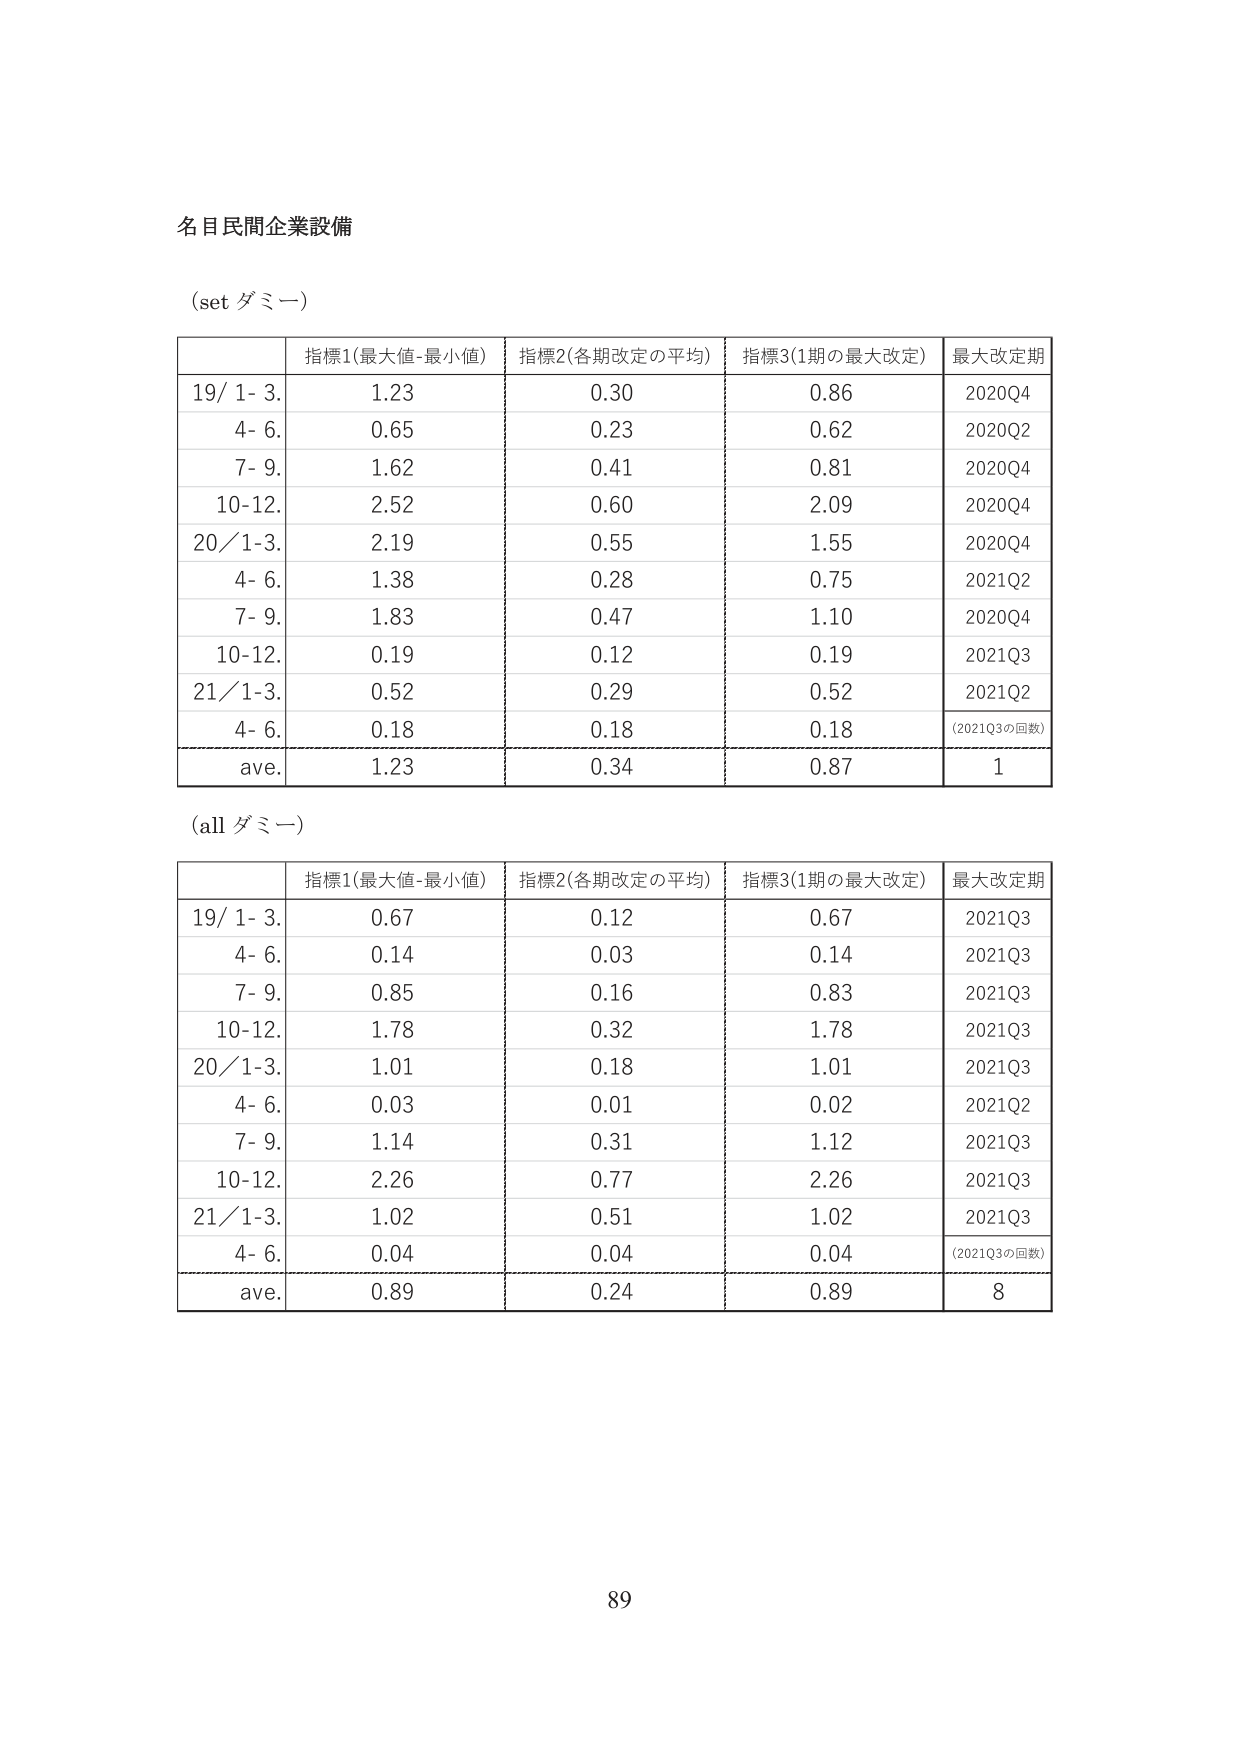
名目民間企業設備

(set ダミー)

| | 指標1(最大値-最小値) | 指標2(各期改定の平均) | 指標3(1期の最大改定) | 最大改定期 |
|---|---|---|---|---|
| 19/ 1- 3. | 1.23 | 0.30 | 0.86 | 2020Q4 |
| 4- 6. | 0.65 | 0.23 | 0.62 | 2020Q2 |
| 7- 9. | 1.62 | 0.41 | 0.81 | 2020Q4 |
| 10-12. | 2.52 | 0.60 | 2.09 | 2020Q4 |
| 20/1-3. | 2.19 | 0.55 | 1.55 | 2020Q4 |
| 4- 6. | 1.38 | 0.28 | 0.75 | 2021Q2 |
| 7- 9. | 1.83 | 0.47 | 1.10 | 2020Q4 |
| 10-12. | 0.19 | 0.12 | 0.19 | 2021Q3 |
| 21/1-3. | 0.52 | 0.29 | 0.52 | 2021Q2 |
| 4- 6. | 0.18 | 0.18 | 0.18 | (2021Q3の回数) |
| ave. | 1.23 | 0.34 | 0.87 | 1 |

(all ダミー)

| | 指標1(最大値-最小値) | 指標2(各期改定の平均) | 指標3(1期の最大改定) | 最大改定期 |
|---|---|---|---|---|
| 19/ 1- 3. | 0.67 | 0.12 | 0.67 | 2021Q3 |
| 4- 6. | 0.14 | 0.03 | 0.14 | 2021Q3 |
| 7- 9. | 0.85 | 0.16 | 0.83 | 2021Q3 |
| 10-12. | 1.78 | 0.32 | 1.78 | 2021Q3 |
| 20/1-3. | 1.01 | 0.18 | 1.01 | 2021Q3 |
| 4- 6. | 0.03 | 0.01 | 0.02 | 2021Q2 |
| 7- 9. | 1.14 | 0.31 | 1.12 | 2021Q3 |
| 10-12. | 2.26 | 0.77 | 2.26 | 2021Q3 |
| 21/1-3. | 1.02 | 0.51 | 1.02 | 2021Q3 |
| 4- 6. | 0.04 | 0.04 | 0.04 | (2021Q3の回数) |
| ave. | 0.89 | 0.24 | 0.89 | 8 |

89